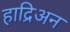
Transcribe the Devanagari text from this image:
हाद्रिअन